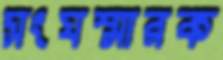
সংঘস্মারক